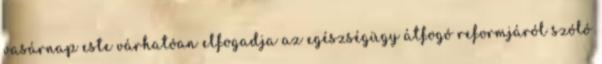
vasárnap este várhatóan elfogadja az egészségügy átfogó reformjáról szóló